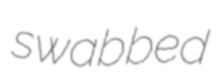
swabbed